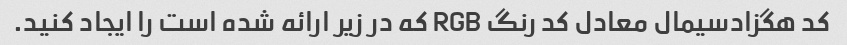
کد هگزادسیمال معادل کد رنگ RGB که در زیر ارائه شده است را ایجاد کنید.